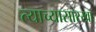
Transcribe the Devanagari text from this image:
त्याच्यासारखा